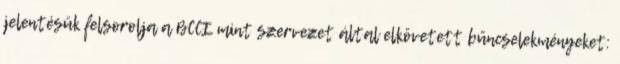
jelentésük felsorolja a BCCI mint szervezet által elkövetett bűncselekményeket: